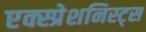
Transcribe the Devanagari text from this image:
एक्स्प्रेशनिस्ट्स